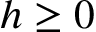
h \geq 0